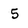
Character: 5